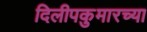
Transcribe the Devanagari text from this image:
दिलीपकुमारच्या